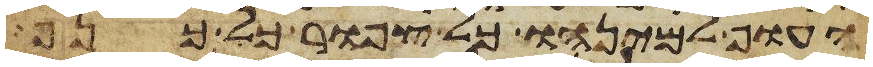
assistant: העוף למינהו כל צפור כל כנף